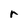
Character: r